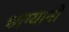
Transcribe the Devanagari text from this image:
धाग्यानी